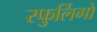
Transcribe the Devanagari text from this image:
स्फुर्लिगों